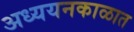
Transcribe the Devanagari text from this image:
अध्ययनकाळात